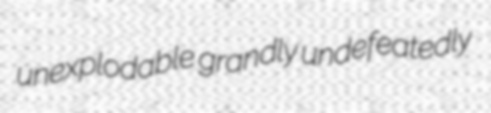
unexplodable grandly undefeatedly